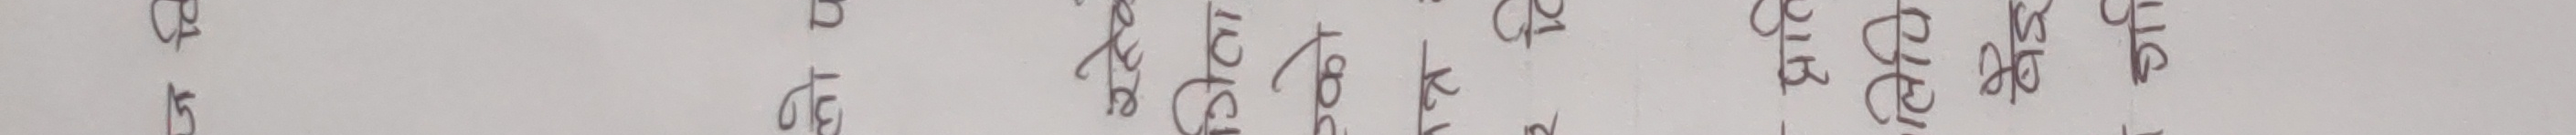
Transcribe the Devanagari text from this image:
कुनै तोमास कचौबिस के रामस
१५ नेह ऐलेट पहिरको २० भेलेट रामस